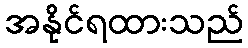
အနိုင်ရထားသည်